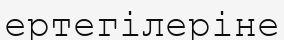
ертегілеріне